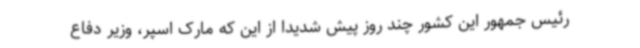
رئیس جمهور این کشور چند روز پیش شدیدا از این که مارک اسپر، وزیر دفاع